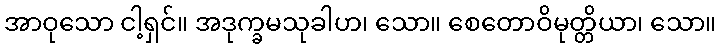
အာဝုသော ငါ့ရှင်။ အဒုက္ခမသုခါဟ၊ သော။ စေတောဝိမုတ္တိယာ၊ သော။